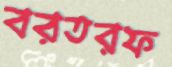
বরতরফ